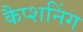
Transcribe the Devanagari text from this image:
कैप्शनिंग